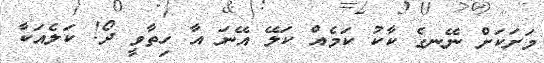
މަށަކަށް ނޭނގެ ކާކު ކަމެއް ކަލޭ އޭނަ އާ ހިތާވީ ދޯ! ކަލެއަކާ